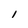
Character: I